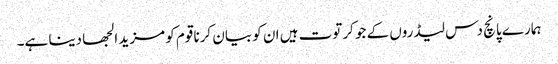
ہمارے پانچ دس لیڈروں کے جو کرتوت ہیں ان کو بیان کرنا قوم کو مزید الجھا دینا ہے۔